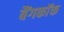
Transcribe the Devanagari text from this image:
बैंगकाॅक